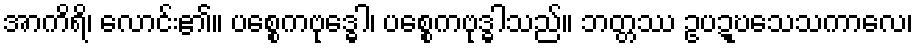
အာကိရိ၊ လောင်း၏။ ပစ္စေကဗုဒ္ဓေါ၊ ပစ္စေကဗုဒ္ဓါသည်။ ဘတ္တဿ ဥပဍ္ဎသေသကာလေ၊